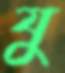
যু